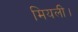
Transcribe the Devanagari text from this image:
मियली।